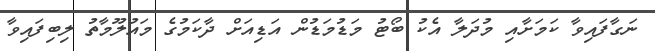
ނަގާފައިވާ ކަމަށާއި މުދަލާ އެކު ބޯޓު މަޑުމަޑުން އަޑިއަށް ދާކަމުގެ މައުލޫމާތު ލިބިފައިވާ